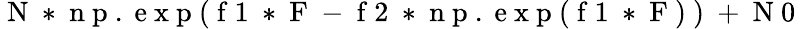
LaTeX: \mathrm{~N~*~n~p~.~e~x~p~(~f~1~*~F~-~f~2~*~n~p~.~e~x~p~(~f~1~*~F~)~)~+~N~0~}